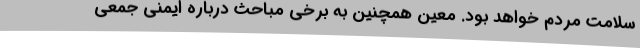
سلامت مردم خواهد بود. معین همچنین به برخی مباحث درباره ایمنی جمعی